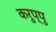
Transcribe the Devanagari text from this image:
करुप्पु